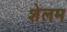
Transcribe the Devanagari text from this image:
शेलम